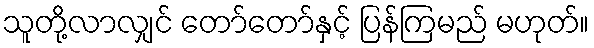
သူတို့လာလျှင် တော်တော်နှင့် ပြန်ကြမည် မဟုတ်။